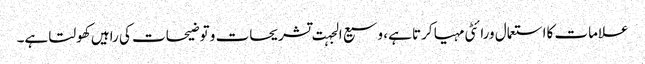
علامات کااستعمال ورائٹی مہیا کرتا ہے، وسیع الجہت تشریحات و توضیحات کی راہیں کھولتا ہے۔